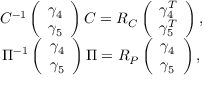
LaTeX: \begin{array} { c } { { C ^ { - 1 } \left( \begin{array} { c } { { \gamma _ { 4 } } } \\ { { \gamma _ { 5 } } } \end{array} \right) C = R _ { C } \left( \begin{array} { c } { { \gamma _ { 4 } ^ { T } } } \\ { { \gamma _ { 5 } ^ { T } } } \end{array} \right) , } } \\ { { \Pi ^ { - 1 } \left( \begin{array} { c } { { \gamma _ { 4 } } } \\ { { \gamma _ { 5 } } } \end{array} \right) \Pi = R _ { P } \left( \begin{array} { c } { { \gamma _ { 4 } } } \\ { { \gamma _ { 5 } } } \end{array} \right) , } } \end{array}